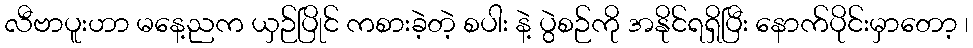
လီဗာပူးဟာ မနေ့ညက ယှဉ်ပြိုင် ကစားခဲ့တဲ့ စပါး နဲ့ ပွဲစဉ်ကို အနိုင်ရရှိပြီး နောက်ပိုင်းမှာတော့ ၊